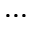
. . .